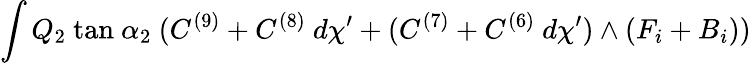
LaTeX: \int Q_{2}~\mathrm{tan}~\alpha_{2}~(C^{(9)}+C^{(8)}~d\chi^{\prime}+(C^{(7)}+C^{(6)}~d\chi^{\prime})\wedge(F_{i}+B_{i}))